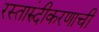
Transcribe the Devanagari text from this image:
रस्तारुंदीकरणाची